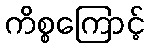
ကိစ္စကြောင့်